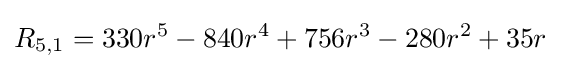
R_{5,1}=330r^{5}-840r^{4}+756r^{3}-280r^{2}+35r